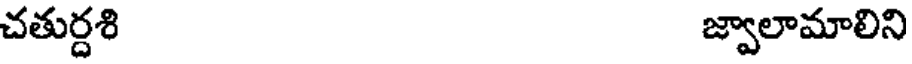
చతుర్దశి జ్వాలామాలిని